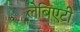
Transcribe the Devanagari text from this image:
लेबिएटी